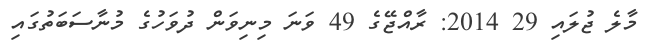
މާލެ ޖުލައި 29 2014: ރާއްޖޭގެ 49 ވަނަ މިނިވަން ދުވަހުގެ މުނާސަބަތުގައި